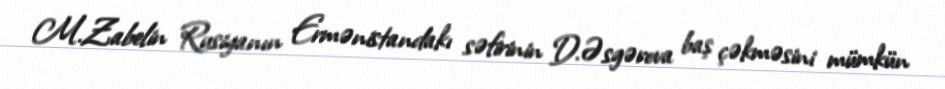
M.Zabelin Rusiyanın Ermənistandakı səfirinin D.Əsgərova baş çəkməsini mümkün